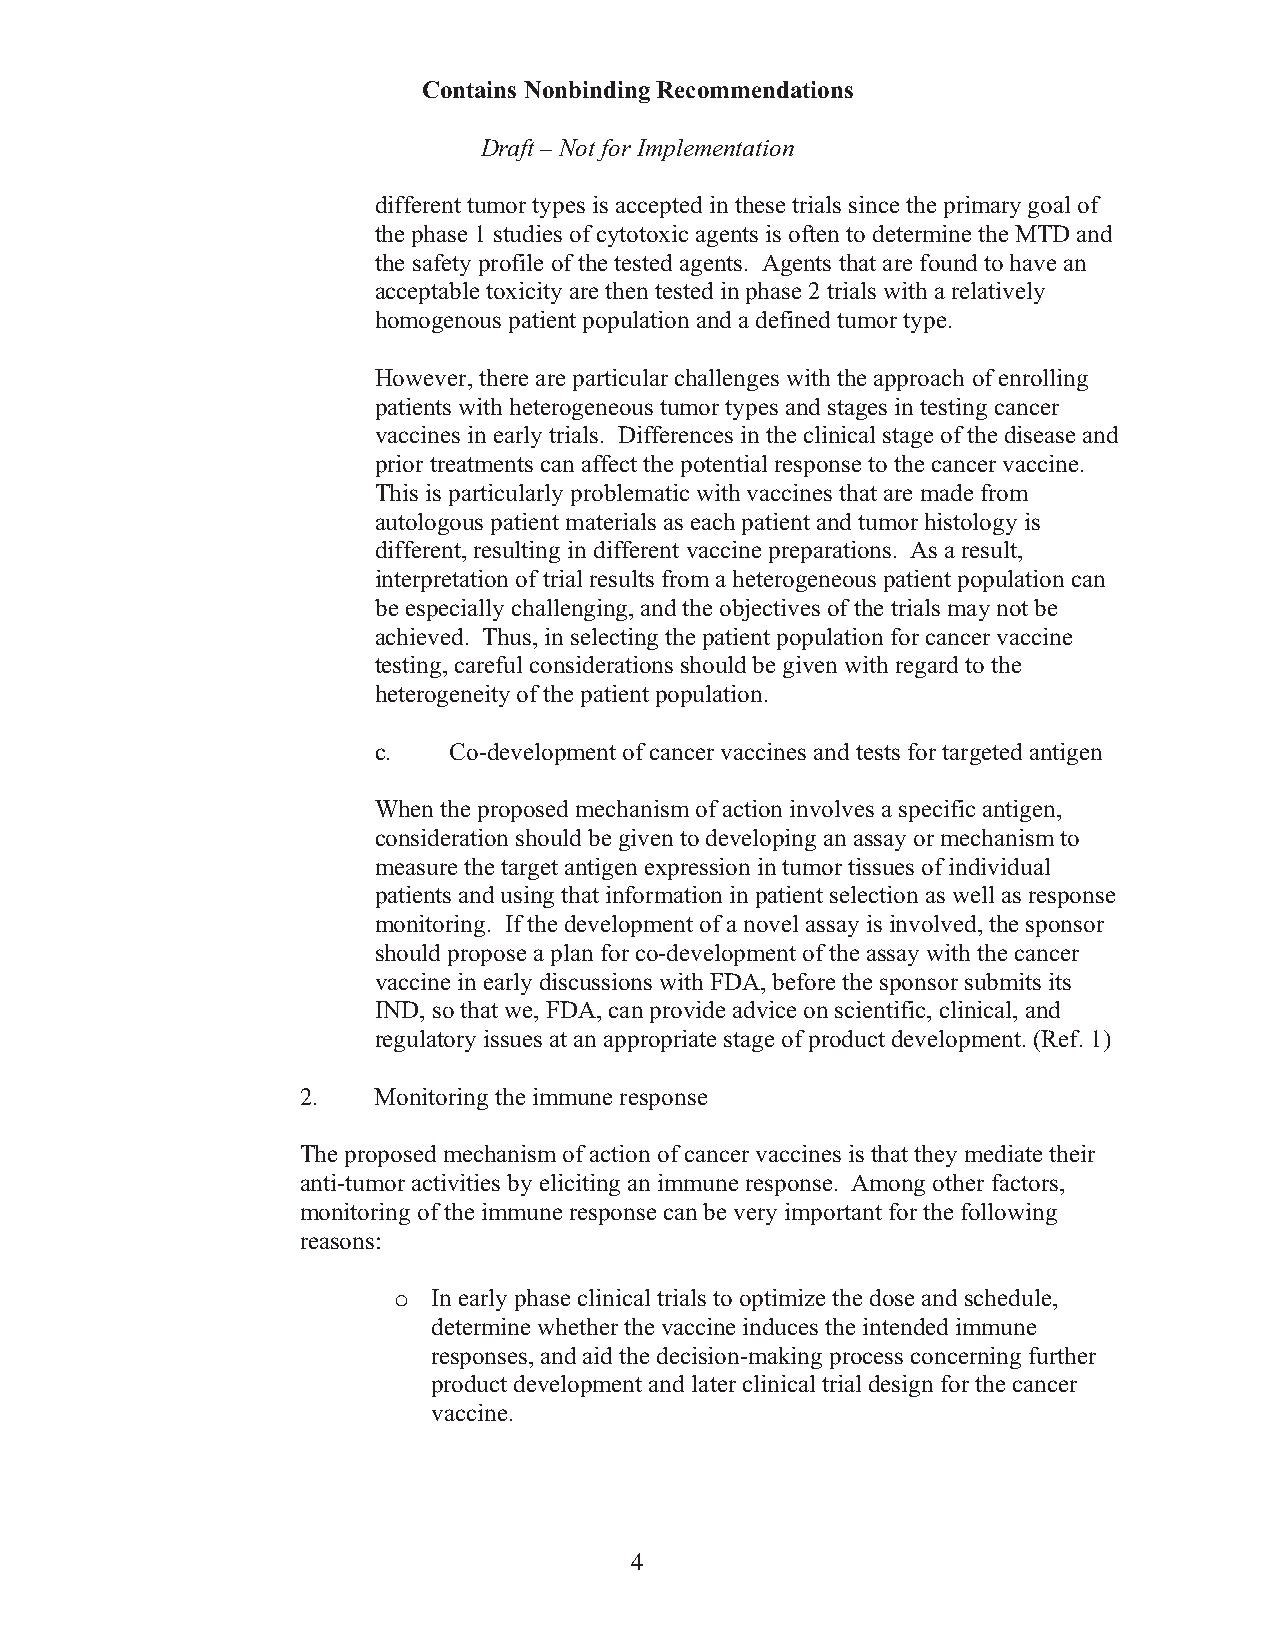
Contains Nonbinding Recommendations
 Draft – Not for Implementation
 different tumor types is accepted in these trials since the primary goal of
 the phase 1 studies of cytotoxic agents is often to determine the MTD and
 the safety profile of the tested agents. Agents that are found to have an
 acceptable toxicity are then tested in phase 2 trials with a relatively
 homogenous patient population and a defined tumor type.
 However, there are particular challenges with the approach of enrolling
 patients with heterogeneous tumor types and stages in testing cancer
 vaccines in early trials. Differences in the clinical stage of the disease and
 prior treatments can affect the potential response to the cancer vaccine.
 This is particularly problematic with vaccines that are made from
 autologous patient materials as each patient and tumor histology is
 different, resulting in different vaccine preparations. As a result,
 interpretation of trial results from a heterogeneous patient population can
 be especially challenging, and the objectives of the trials may not be
 achieved. Thus, in selecting the patient population for cancer vaccine
 testing, careful considerations should be given with regard to the
 heterogeneity of the patient population.
 c.   Co-development of cancer vaccines and tests for targeted antigen
 When the proposed mechanism of action involves a specific antigen,
 consideration should be given to developing an assay or mechanism to
 measure the target antigen expression in tumor tissues of individual
 patients and using that information in patient selection as well as response
 monitoring. If the development of a novel assay is involved, the sponsor
 should propose a plan for co-development of the assay with the cancer
 vaccine in early discussions with FDA, before the sponsor submits its
 IND, so that we, FDA, can provide advice on scientific, clinical, and
 regulatory issues at an appropriate stage of product development. (Ref. 1)
 2.   Monitoring the immune response
 The proposed mechanism of action of cancer vaccines is that they mediate their
 anti-tumor activities by eliciting an immune response. Among other factors,
 monitoring of the immune response can be very important for the following
 reasons:
 o  In early phase clinical trials to optimize the dose and schedule,
 determine whether the vaccine induces the intended immune
 responses, and aid the decision-making process concerning further
 product development and later clinical trial design for the cancer
 vaccine.
 4